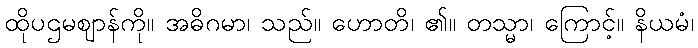
ထိုပဌမဈာန်ကို။ အဓိဂမာ၊ သည်။ ဟောတိ၊ ၏။ တသ္မာ၊ ကြောင့်။ နိယမံ၊